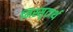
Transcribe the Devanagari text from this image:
निस्सृटार्थ